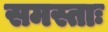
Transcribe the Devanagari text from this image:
समस्ताः